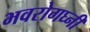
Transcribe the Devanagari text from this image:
भवरोगघ्नीं